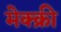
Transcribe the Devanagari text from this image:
मेक्क्री